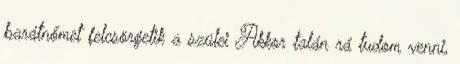
barátnőmet felcsörgetik a szülei Akkor talán rá tudom venni,